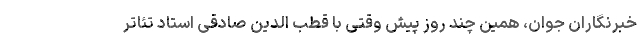
خبرنگاران جوان، همین چند روز پیش وقتی با قطب الدین صادقی استاد تئاتر